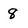
Character: 8